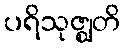
ပရိသုဇ္ဈတိ